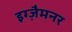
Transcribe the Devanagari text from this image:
इग्ज़ैमनर